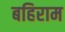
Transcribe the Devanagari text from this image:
बहिराम